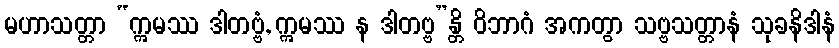
မဟာသတ္တာ “ဣမဿ ဒါတဗ္ဗံ, ဣမဿ န ဒါတဗ္ဗ”န္တိ ဝိဘာဂံ အကတွာ သဗ္ဗသတ္တာနံ သုခနိဒါနံ